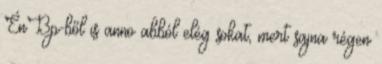
ÉnBp-ből is anno abból elég sokat, mert sajna régen